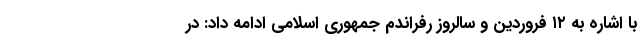
با اشاره به ١٢ فروردین و سالروز رفراندم جمهوری اسلامی ادامه داد: در